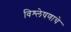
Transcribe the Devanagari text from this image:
विश्‍लेषणाचे